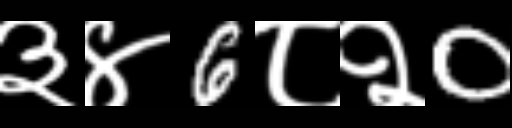
Text: ३४6८२0